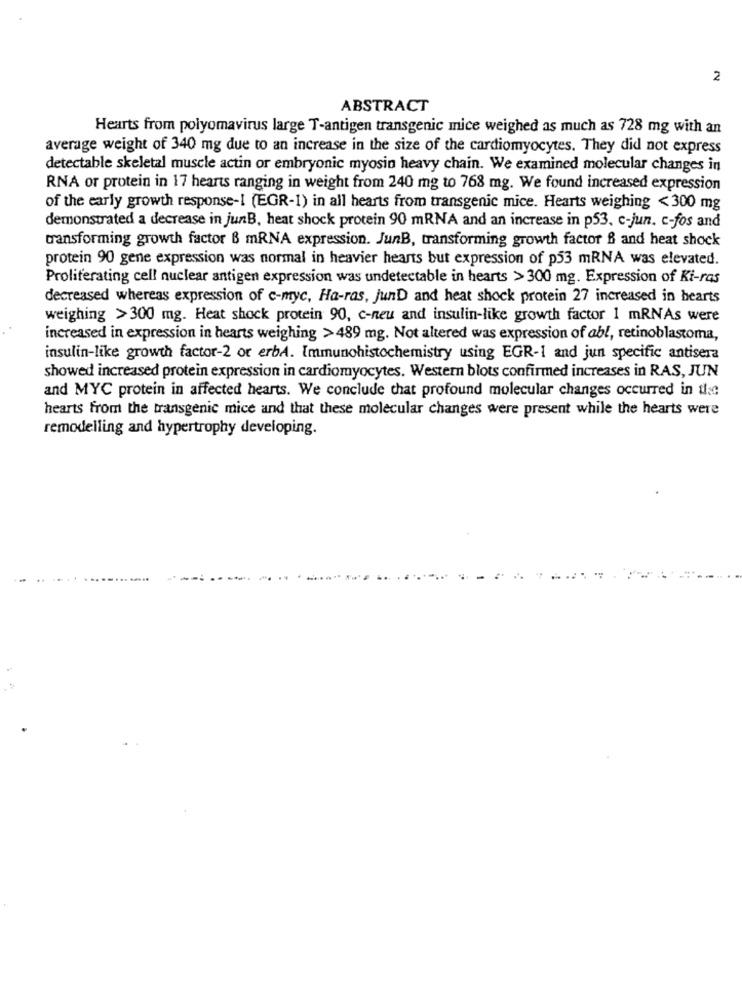
2
ABSTRACT
Hearts from polyomavirus large T-antigen transgenic mice weighed as much as 728 mg with an
average weight of 340 mg due to an increase in the size of the cardiomyocytes. They did not express
detectable skeletal muscle actin or embryonic myosin heavy chain. We examined molecular changes in
RNA or protein in 17 hearts ranging in weight from 240 mg to 768 mg. We found increased expression
of the early growth response-I (EGR-1) in all hearts from transgenic mice. Hearts weighing <300 mg
demonstrated a decrease in junB, heat shock protein 90 mRNA and an increase in p53, c-jun. c-fos and
transforming growth factor B mRNA expression. JunB, transforming growth factor & and heat shock
protein 90 gene expression was normal in heavier hearts but expression of p53 mRNA was elevated.
Proliferating cell nuclear antigen expression was undetectable in hearts > 300 mg. Expression of Ki-ras
decreased whereas expression of c-myc, Ha-ras, junD and heat shock protein 27 increased in hearts
weighing >300 mg. Heat shock protein 90, c-neu and insulin-like growth factor 1 mRNAs were
increased in expression in hearts weighing >489 mg. Not altered was expression of abl, retinoblastoma,
insulin-like growth factor-2 or erbA. Immunohistochemistry using EGR-1 and jun specific antisera
showed increased protein expression in cardiomyocytes. Western blots confirmed increases in RAS, JUN
and MYC protein in affected hearts. We conclude that profound molecular changes occurred in the
hearts from the transgenic mice and that these molecular changes were present while the hearts were
remodelling and hypertrophy developing.
-